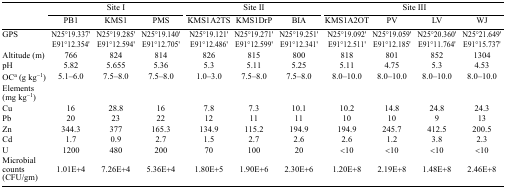
<table><thead><tr><td></td><td colspan="3"><b>Site I</b></td><td colspan="3"><b>Site II</b></td><td colspan="4"><b>Site III</b></td></tr><tr><td></td><td><b>PB1</b></td><td><b>KMS1</b></td><td><b>PMS</b></td><td><b>KMS1A2TS</b></td><td><b>KMS1DrP</b></td><td><b>BIA</b></td><td><b>KMS1A2OT</b></td><td><b>PV</b></td><td><b>LV</b></td><td><b>WJ</b></td></tr></thead><tbody><tr><td>GPS</td><td>N25°19.337′E91°12.354′</td><td>N25°19.285′E91°12.594′</td><td>N25°19.140′E91°12.705′</td><td>N25°19.121′E91°12.486′</td><td>N25°19.271′E91°12.599′</td><td>N25°19.251′E91°12.341′</td><td>N25°19.092′E91°12.511′</td><td>N25°19.059′E91°12.185′</td><td>N25°20.360′E91°11.764′</td><td>N25°21.649′E91°15.737′</td></tr><tr><td>Altitude (m)</td><td>766</td><td>824</td><td>814</td><td>826</td><td>815</td><td>800</td><td>818</td><td>801</td><td>852</td><td>1304</td></tr><tr><td>pH</td><td>5.82</td><td>5.655</td><td>5.36</td><td>5.3</td><td>5.11</td><td>5.25</td><td>5.11</td><td>4.75</td><td>5.3</td><td>4.53</td></tr><tr><td>OCa (g kg<sup>−1</sup>)</td><td>5.1–6.0</td><td>7.5–8.0</td><td>7.5–8.0</td><td>1.0–3.0</td><td>7.5–8.0</td><td>7.5–8.0</td><td>8.0–10.0</td><td>8.0–10.0</td><td>8.0–10.0</td><td>8.0–10.0</td></tr><tr><td>Elements (mg kg<sup>−1</sup>)</td><td></td><td></td><td></td><td></td><td></td><td></td><td></td><td></td><td></td><td></td></tr><tr><td>Cu</td><td>16</td><td>28.8</td><td>16</td><td>7.8</td><td>7.3</td><td>10.1</td><td>10.2</td><td>14.8</td><td>24.8</td><td>24.3</td></tr><tr><td>Pb</td><td>20</td><td>23</td><td>22</td><td>12</td><td>11</td><td>11</td><td>10</td><td>10</td><td>9</td><td>13</td></tr><tr><td>Zn</td><td>344.3</td><td>377</td><td>165.3</td><td>134.9</td><td>115.2</td><td>194.9</td><td>194.9</td><td>245.7</td><td>412.5</td><td>200.5</td></tr><tr><td>Cd</td><td>1.7</td><td>0.9</td><td>2.7</td><td>1.5</td><td>2.7</td><td>2.6</td><td>2.6</td><td>1.2</td><td>3.8</td><td>2.3</td></tr><tr><td>U</td><td>1200</td><td>480</td><td>200</td><td>70</td><td>100</td><td>20</td><td>&lt;10</td><td>&lt;10</td><td>&lt;10</td><td>&lt;10</td></tr><tr><td>Microbial counts (CFU/gm)</td><td>1.01E+4</td><td>7.26E+4</td><td>5.36E+4</td><td>1.80E+5</td><td>1.90E+6</td><td>2.30E+6</td><td>1.20E+8</td><td>2.19E+8</td><td>1.48E+8</td><td>2.46E+8</td></tr></tbody></table>